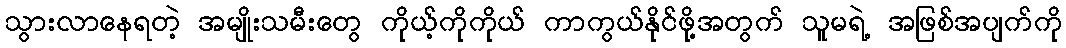
သွားလာနေရတဲ့ အမျိုးသမီးတွေ ကိုယ့်ကိုကိုယ် ကာကွယ်နိုင်ဖို့အတွက် သူမရဲ့ အဖြစ်အပျက်ကို